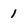
Character: 1